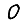
Digit: 0